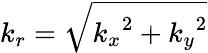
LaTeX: {k}_{{r}}=\sqrt{\smash{k_{x}}^{2}+\smash{k_{y}}^{2}}